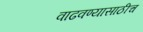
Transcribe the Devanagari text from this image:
वाढवण्यासाठीच